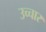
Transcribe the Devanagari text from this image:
उच्‍चार